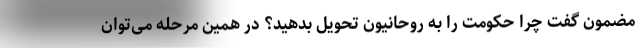
مضمون گفت چرا حکومت را به روحانیون تحویل بدهید؟ در همین مرحله می‌توان